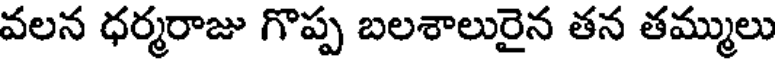
వలన ధర్మరాజు గొప్ప బలశాలురైన తన తమ్ములు